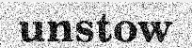
unstow